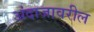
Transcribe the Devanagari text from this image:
अंदाजावरील